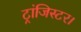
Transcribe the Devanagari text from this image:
ट्रांजिस्टर।